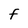
Character: F